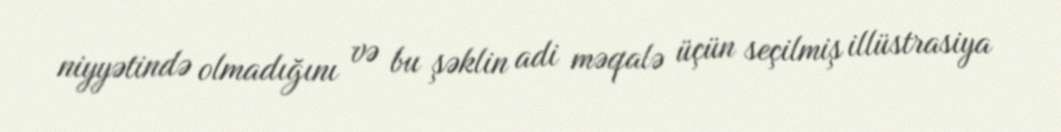
niyyətində olmadığını və bu şəklin adi məqalə üçün seçilmiş illüstrasiya